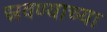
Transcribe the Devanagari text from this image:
स्रवण्याच्या